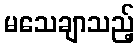
မသေချာသည့်